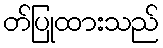
တ်ပြုထားသည်